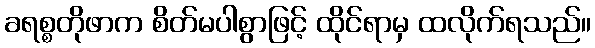
ခရစ္စတိုဖာက စိတ်မပါစွာဖြင့် ထိုင်ရာမှ ထလိုက်ရသည်။